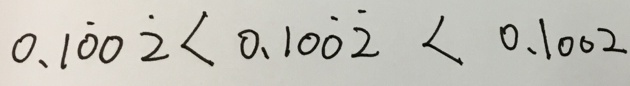
0 . 1 \dot { 0 } 0 \dot { 2 } < 0 . 1 0 \dot { 0 } \dot { 2 } < 0 . 1 0 0 2